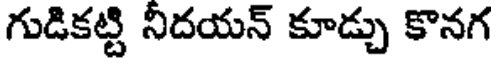
గుడికట్టి నిదయన్ కూడ్చు కొనగ